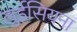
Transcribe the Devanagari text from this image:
लुईसियना